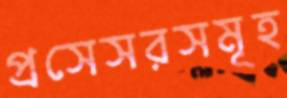
প্রসেসরসমূহ